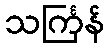
သင်္ကြန်